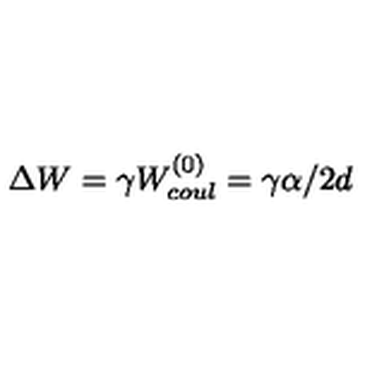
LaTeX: \Delta W = \gamma W _ { c o u l } ^ { ( 0 ) } = \gamma \alpha / 2 d